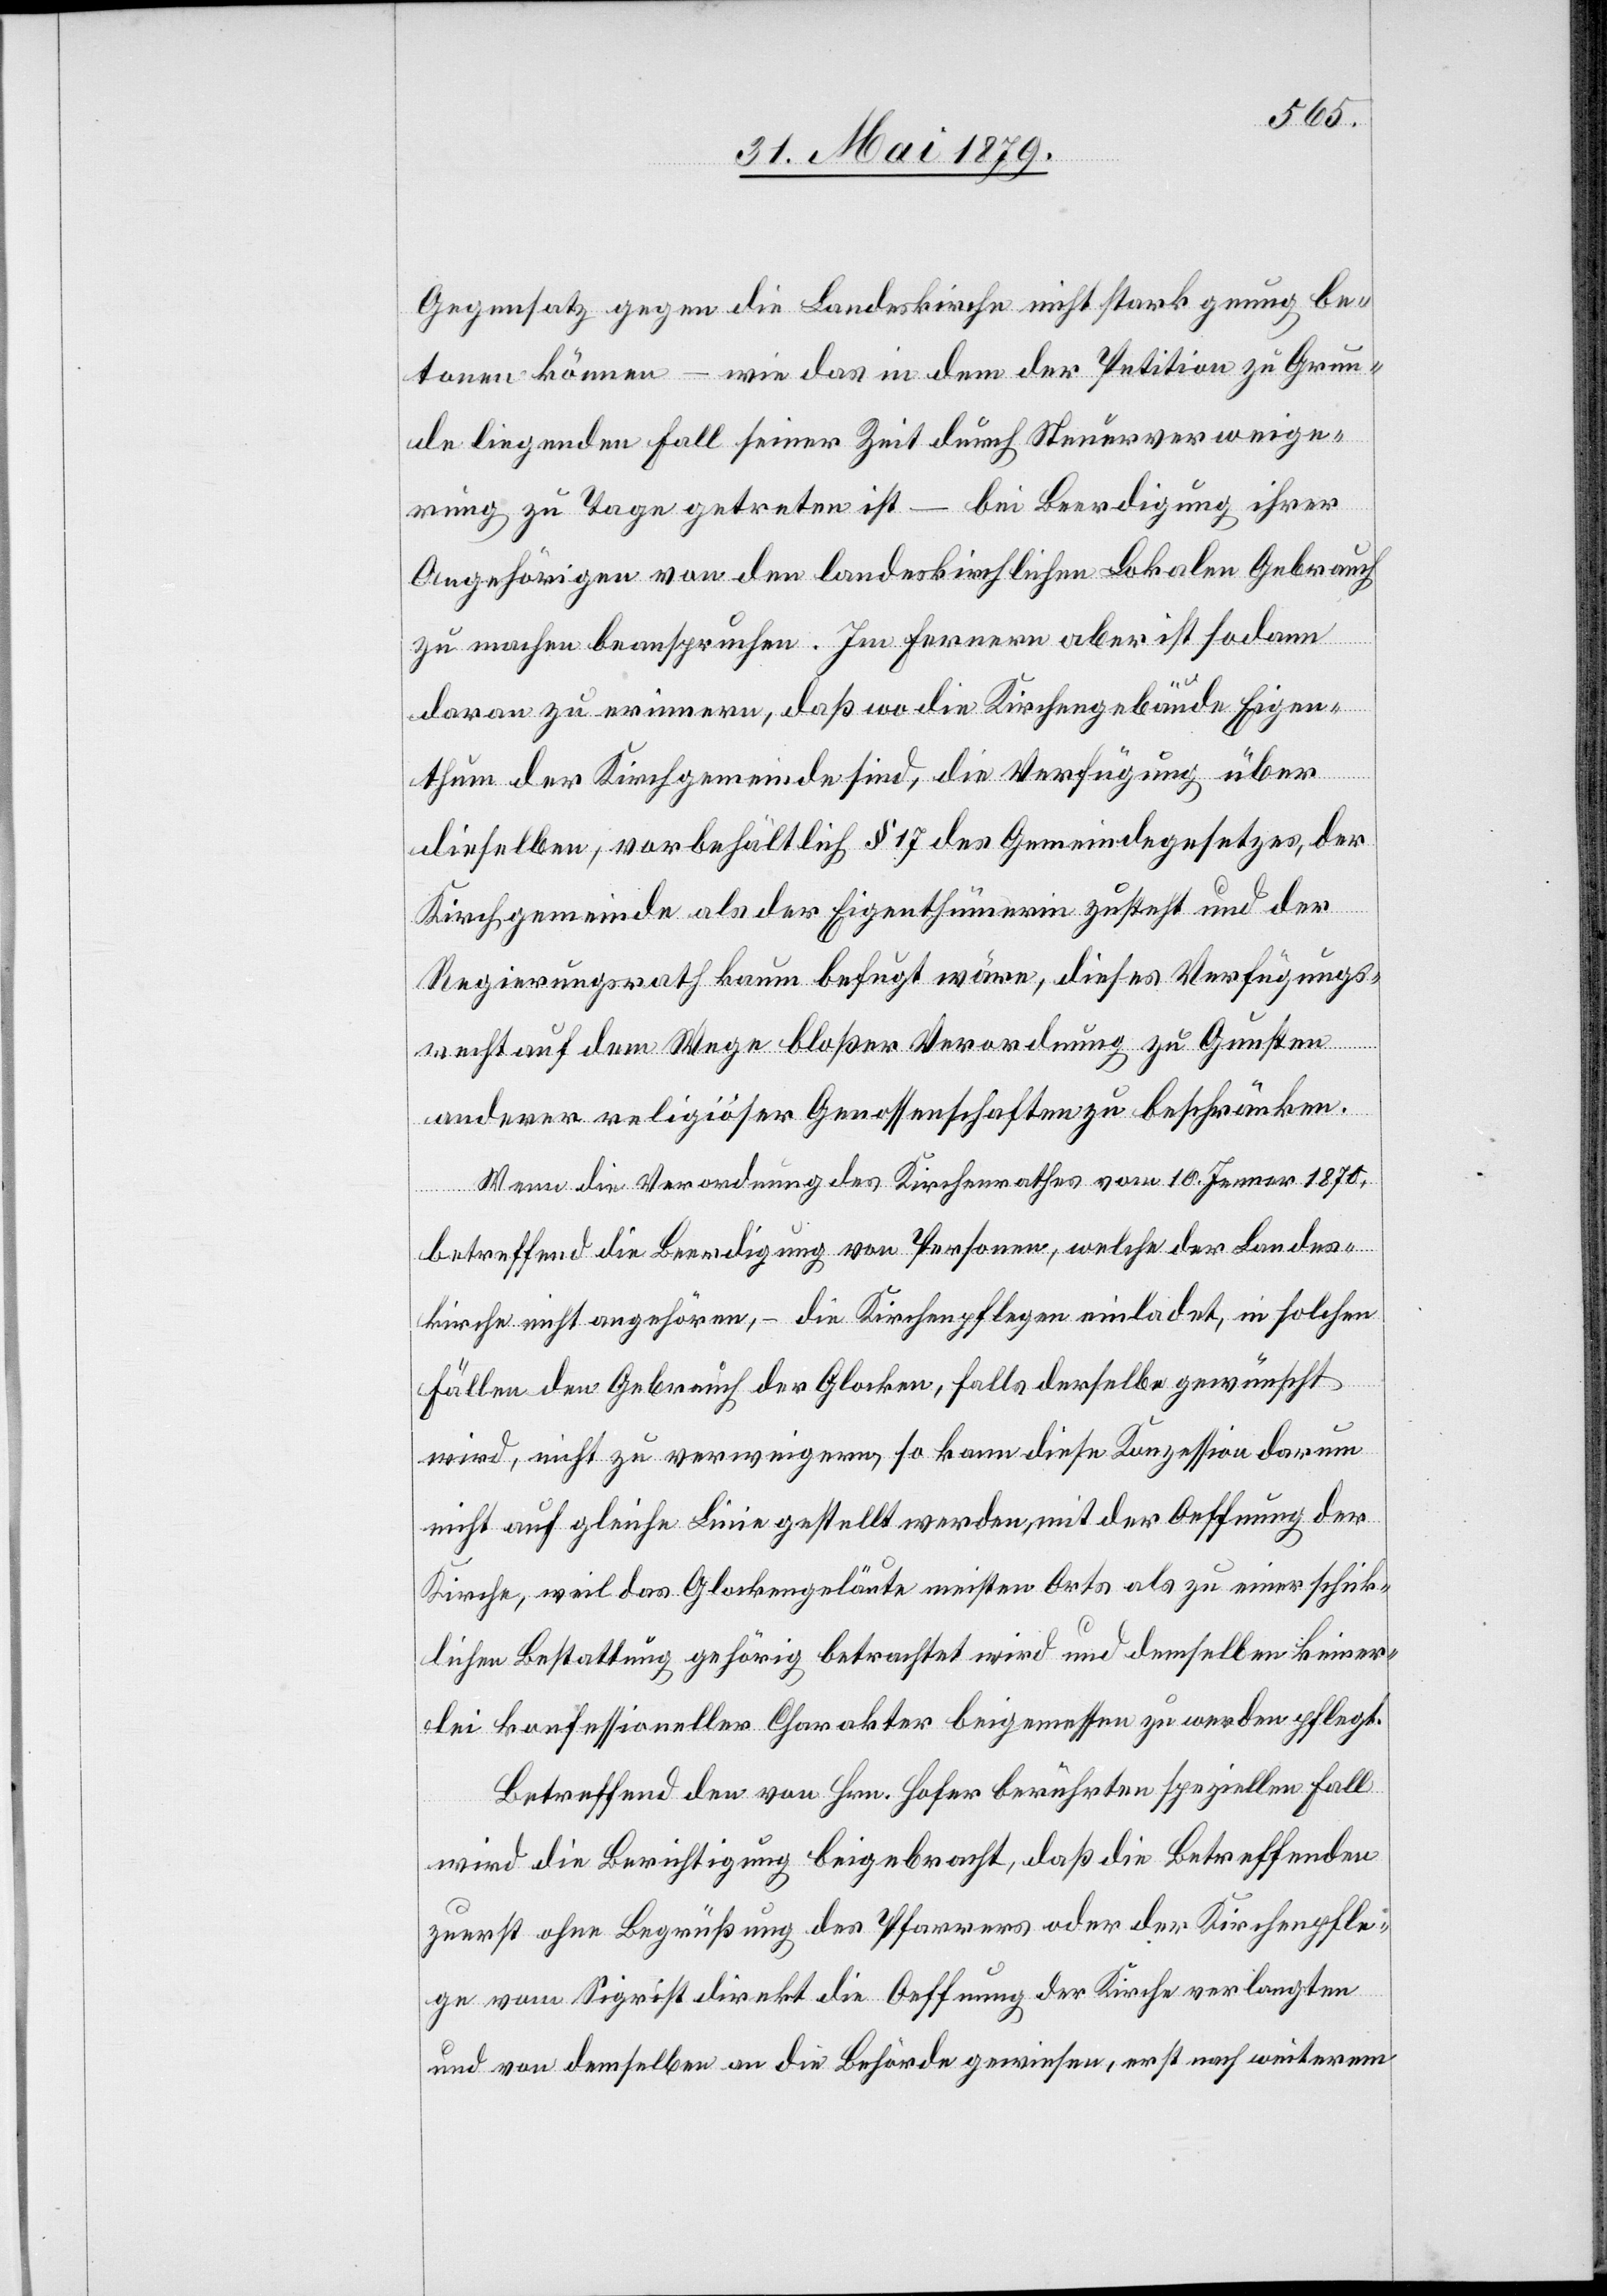
Gegensatz gegen die Landeskirche nicht stark genug be¬
tonen können – wie das in dem der Petition zu Grun¬
de liegenden Fall seiner Zeit durch Steuerverweige¬
rung zu Tage getreten ist – bei Beerdigung ihrer
Angehörigen von den landeskirchlichen Lokalen Gebrauch
zu machen beanspruchen. Im Fernern aber ist sodann
daran zu erinnern, daß wo die Kirchengebäude Eigen¬
thum der Kirchgemeinde sind, die Verfügung über
dieselben, vorbehältlich § 17 des Gemeindegesetzes, der
Kirchgemeinde als der Eigenthümerin zusteht und der
Regierungsrath kaum befugt wäre, dieses Verfügungs¬
recht auf dem Wege bloßer Verordnung zu Gunsten
anderer religiöser Genossenschaften zu beschränken.
Wenn die Verordnung des Kirchenrathes vom 10. Jenner 1870,
betreffend die Beerdigung von Personen, welche der Landes¬
kirche nicht angehören, – die Kirchenpflegen einladet, in solchen
Fällen den Gebrauch der Glocken, falls derselbe gewünscht
wird, nicht zu verweigern, so kann diese Konzession darum
nicht auf gleiche Linie gestellt werden, mit der Oeffnung der
Kirche, weil das Glockengeläute weiten Orts als zu einer schick¬
lichen Bestattung gehörig betrachtet wird und demselben keiner¬
lei konfessioneller Charakter beigemessen zu werden pflegt.
Betreffend den von Hrn. Hofer berührten speziellen Fall
wird die Berichtigung beigebracht, daß die Betreffenden
zuerst ohne Begrüßung des Pfarrers oder der Kirchenpfle¬
ge vom Sigrist direkt die Oeffnung der Kirche verlangten
und von demselben an die Behörde gewiesen, erst nach weiterem